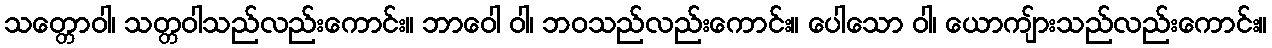
သတ္တောဝါ၊ သတ္တဝါသည်လည်းကောင်း။ ဘာဝေါ ဝါ၊ ဘဝသည်လည်းကောင်း။ ပေါသော ဝါ၊ ယောကျ်ားသည်လည်းကောင်း။